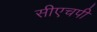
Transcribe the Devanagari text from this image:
सीएचपी